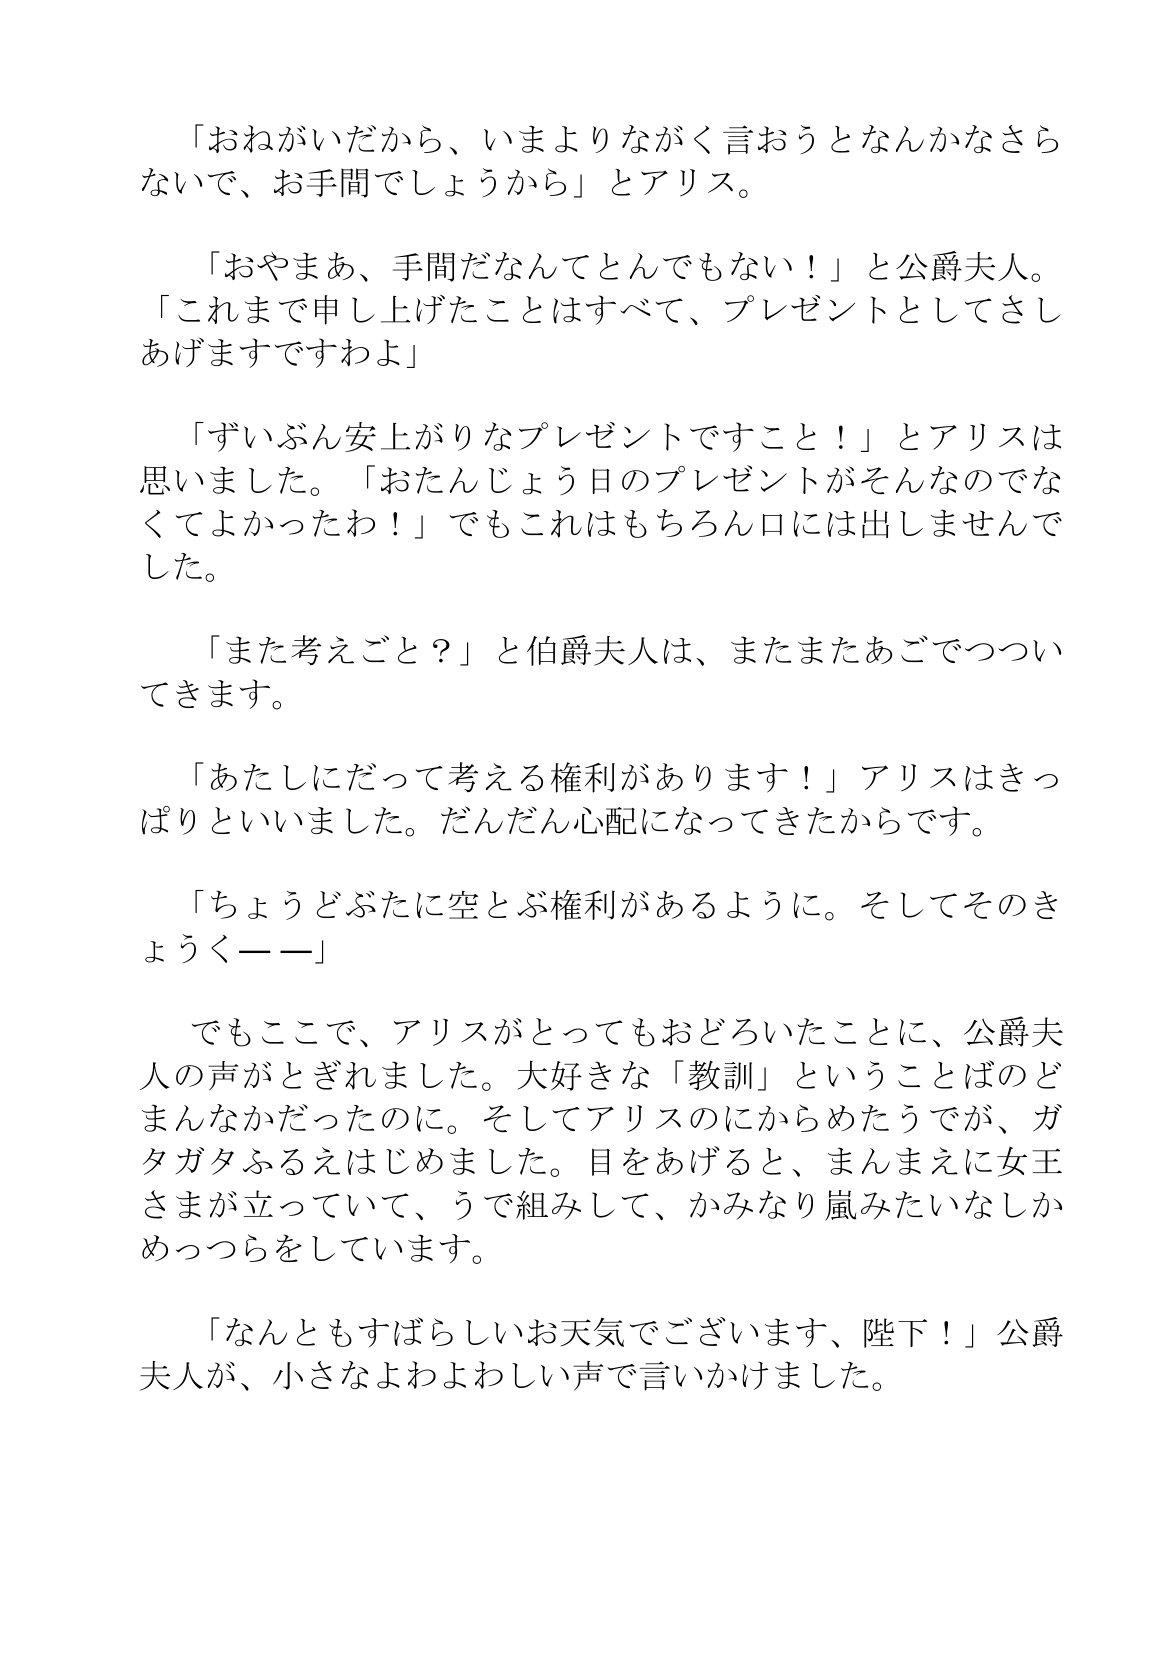
Language: ja